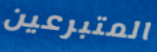
المتبرعين